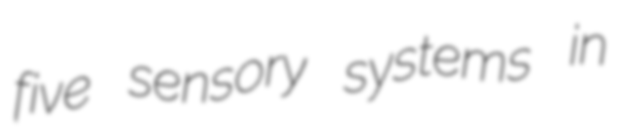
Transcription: five sensory systems in